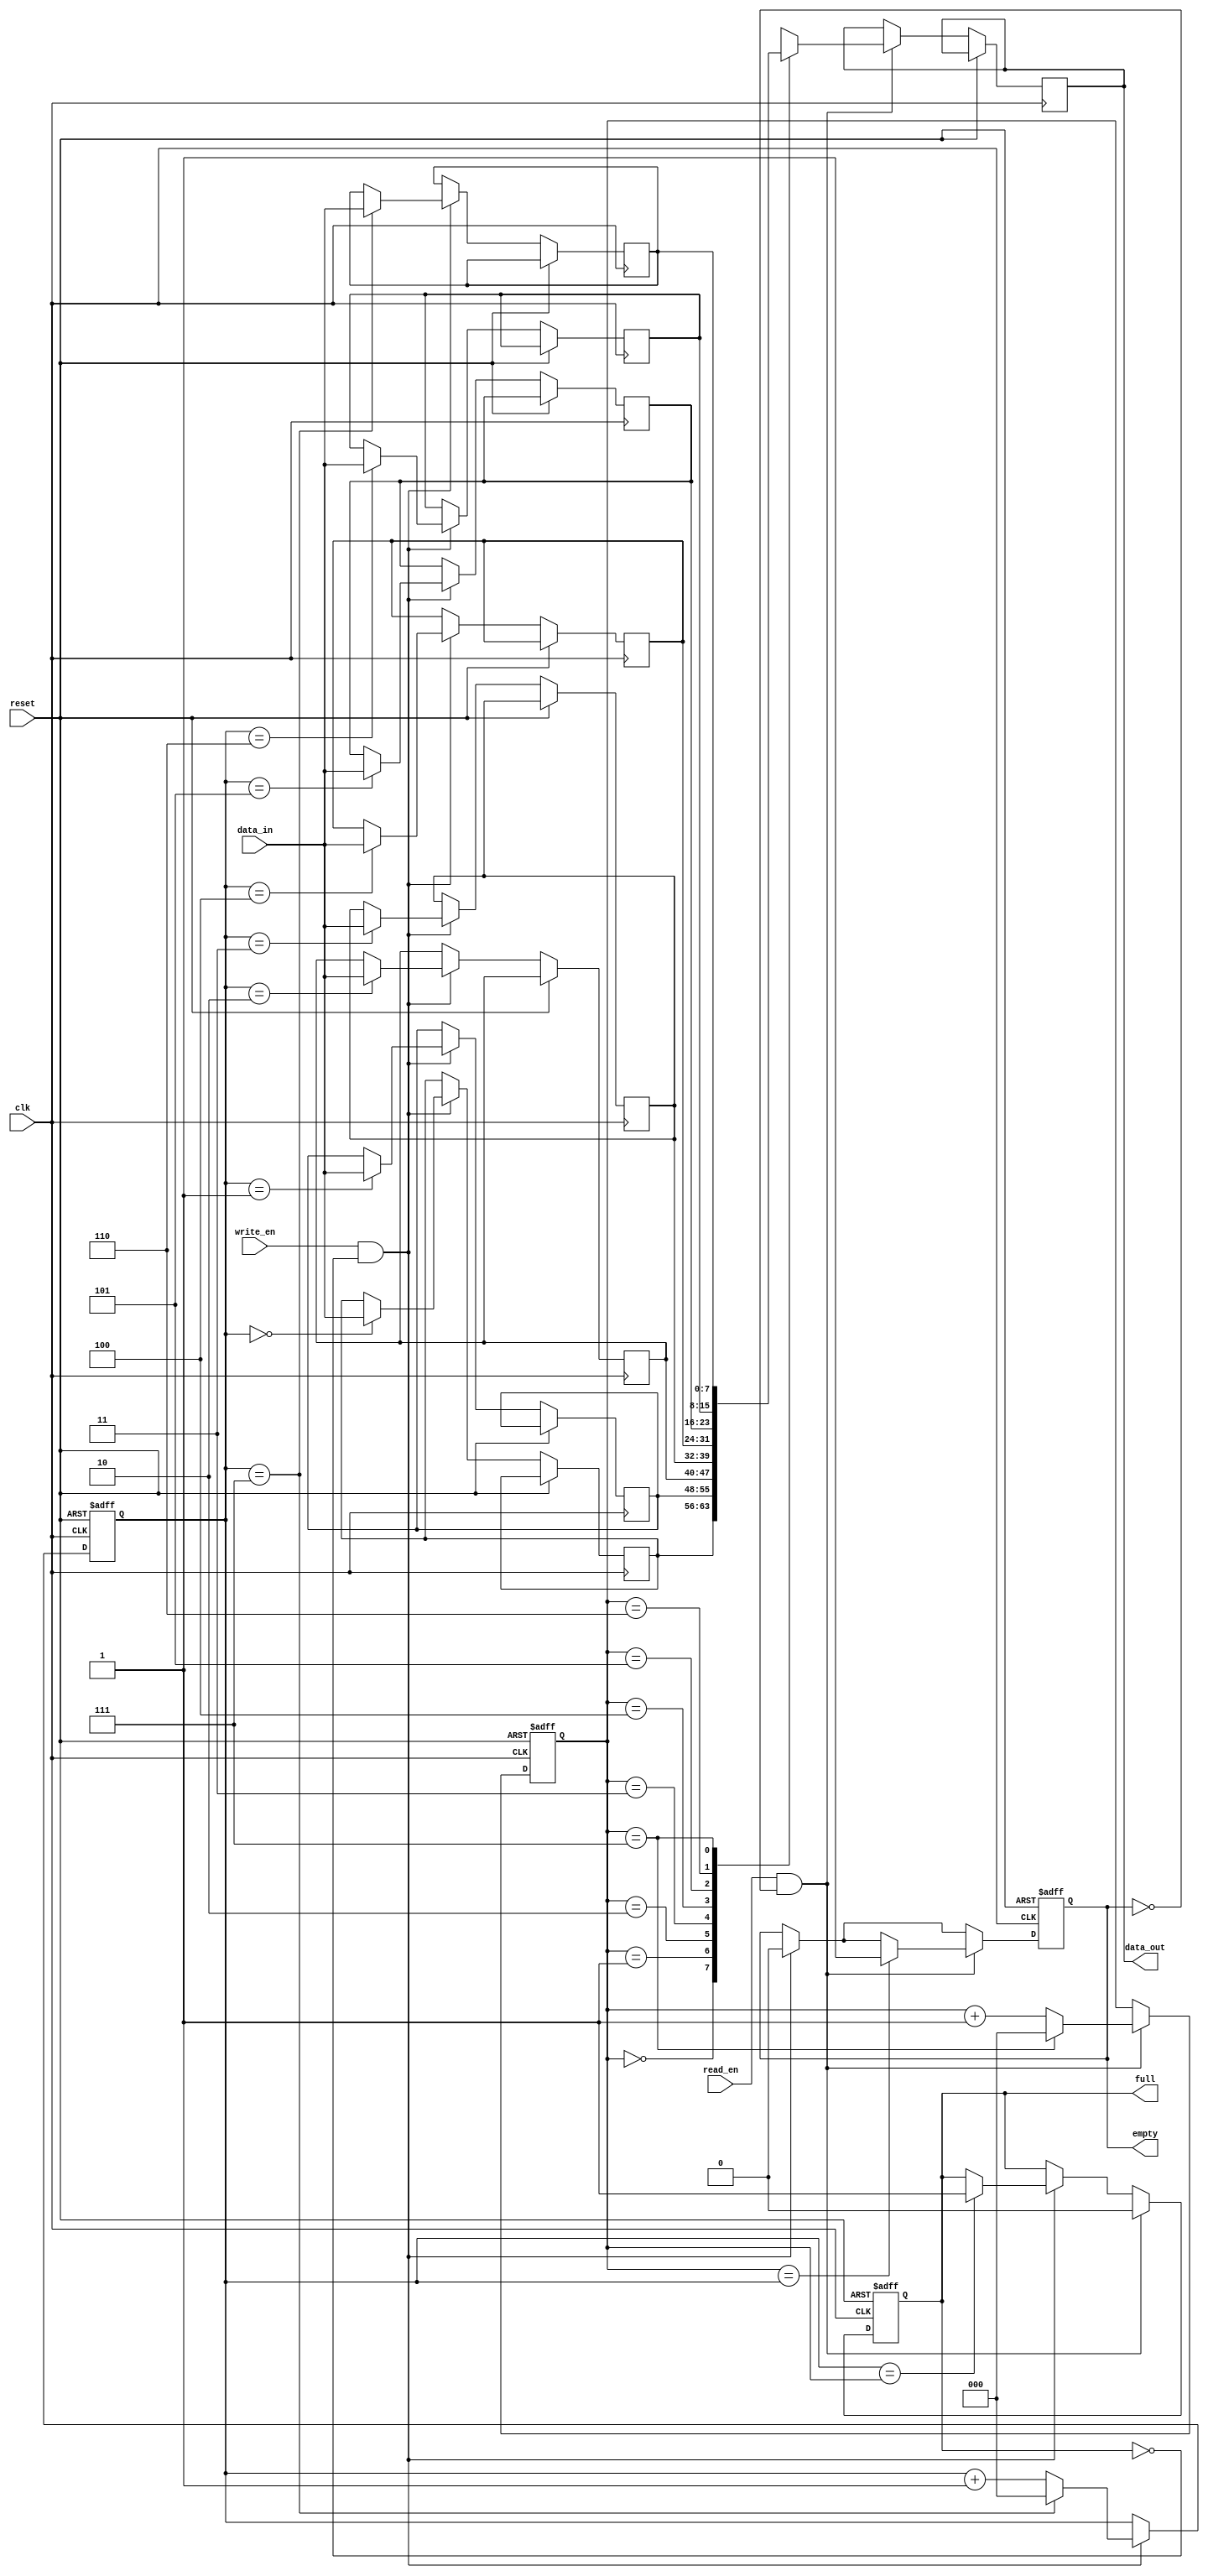
module fifo (
    input wire clk,
    input wire reset,
    input wire write_en,
    input wire read_en,
    input wire [7:0] data_in,
    output reg [7:0] data_out,
    output reg full,
    output reg empty
);

reg [7:0] fifo_array [0:7];
reg [2:0] read_ptr;
reg [2:0] write_ptr;

always @ (posedge clk or posedge reset) begin
    if (reset) begin
        read_ptr <= 3'b000;
        write_ptr <= 3'b000;
        full <= 1'b0;
        empty <= 1'b1;
    end else begin
        if (write_en && !full) begin
            fifo_array[write_ptr] <= data_in;
            write_ptr <= write_ptr + 1;
            if (write_ptr == 3'b111) begin
                write_ptr <= 3'b000;
            end
            if (write_ptr == read_ptr) begin
                full <= 1'b1;
            end
            empty <= 1'b0;
        end
        if (read_en && !empty) begin
            data_out <= fifo_array[read_ptr];
            read_ptr <= read_ptr + 1;
            if (read_ptr == 3'b111) begin
                read_ptr <= 3'b000;
            end
            if (read_ptr == write_ptr) begin
                empty <= 1'b1;
            end
            full <= 1'b0;
        end
    end
end

endmodule